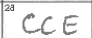
Transcription: CCE